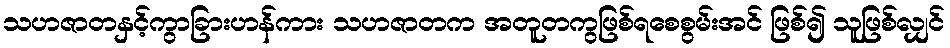
သဟဇာတနှင့်ကွာခြားဟန်ကား သဟဇာတက အတူတကွဖြစ်ရစေစွမ်းအင် ဖြစ်၍ သူဖြစ်လျှင်